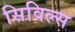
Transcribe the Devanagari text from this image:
सिविल्स